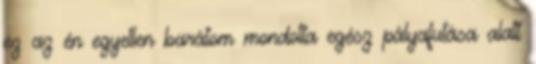
ez az én egyetlen barátom mondotta egész pályafutása alatt